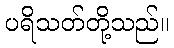
ပရိသတ်တို့သည်။